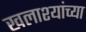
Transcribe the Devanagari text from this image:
खलाश्यांच्या